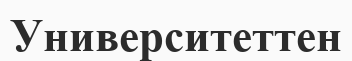
Университеттен